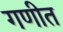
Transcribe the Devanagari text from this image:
गणीत